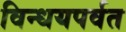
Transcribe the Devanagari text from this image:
विन्धयपर्वत